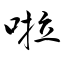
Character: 啦